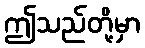
ဤသည်တို့မှာ